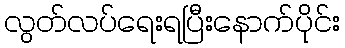
လွတ်လပ်ရေးရပြီးနောက်ပိုင်း